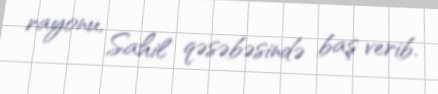
rayonu, Sahil qəsəbəsində baş verib.